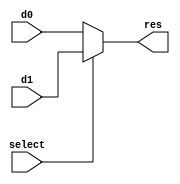
module Mux16t2(input select, input[15:0] d0,d1, output[15:0] res);
	assign res = select == 0 ? d0 : d1;
endmodule